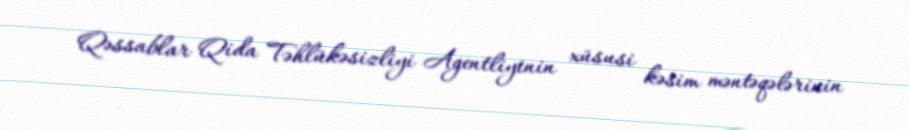
Qəssablar Qida Təhlükəsizliyi Agentliyinin xüsusi kəsim məntəqələrinin